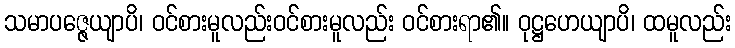
သမာပဇ္ဇေယျာပိ၊ ဝင်စားမူလည်းဝင်စားမူလည်း ဝင်စားရာ၏။ ဝုဋ္ဌဟေယျာပိ၊ ထမူလည်း